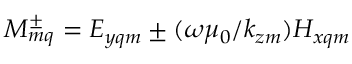
M _ { m q } ^ { \pm } = E _ { y q m } \pm ( \omega \mu _ { 0 } / k _ { z m } ) H _ { x q m }